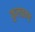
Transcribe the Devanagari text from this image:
कुलव्रतच